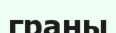
граны